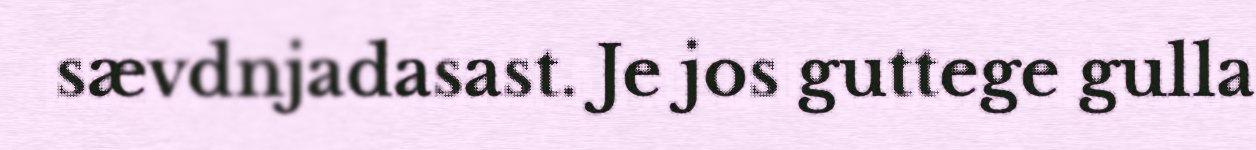
sævdnjadasast. Je jos guttege gulla